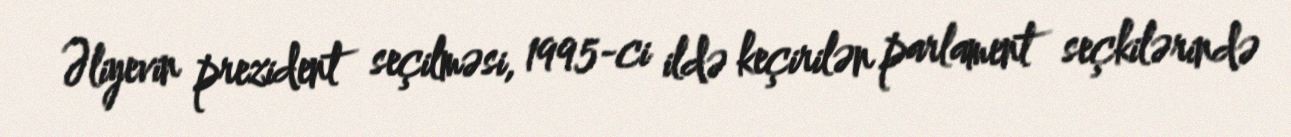
Əliyevin prezident seçilməsi, 1995-ci ildə keçirilən parlament seçkilərində